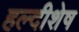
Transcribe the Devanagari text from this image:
हल्दीशेष